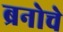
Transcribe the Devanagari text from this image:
ब्रनोचे